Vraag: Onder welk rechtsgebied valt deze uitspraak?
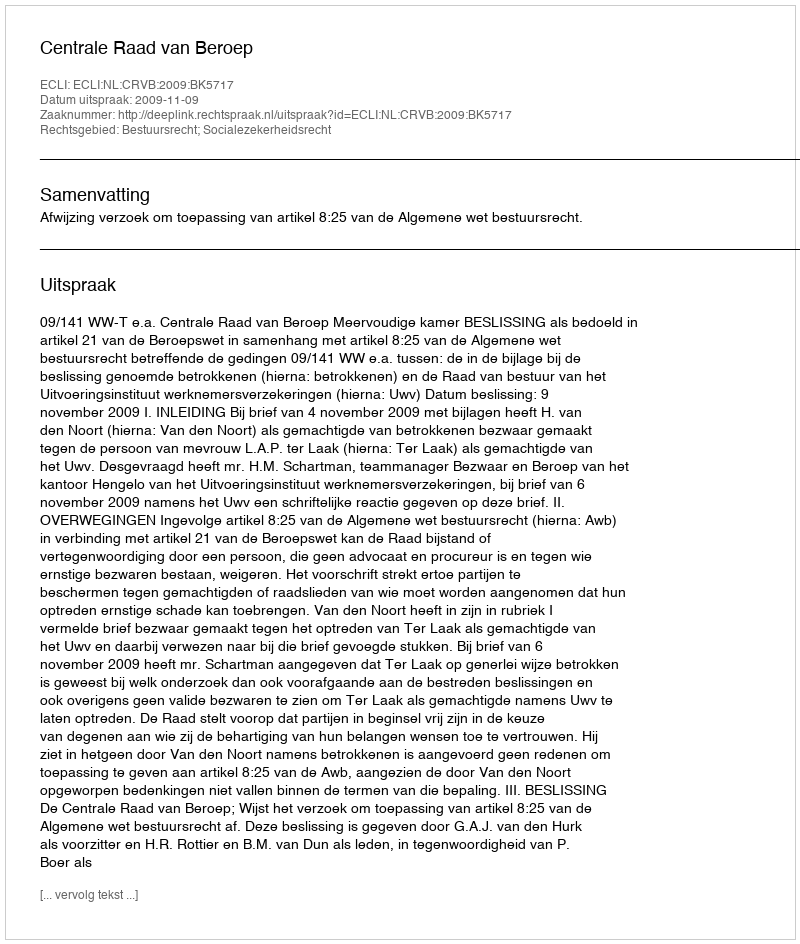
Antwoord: Bestuursrecht; Socialezekerheidsrecht